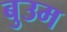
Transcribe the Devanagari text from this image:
बुउम